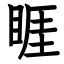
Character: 睚